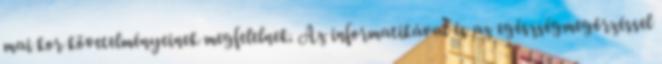
mai kor követelményeinek megfelelnek. Az informatikával és az egészségmegőrzéssel